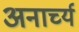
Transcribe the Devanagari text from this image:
अनार्च्य